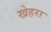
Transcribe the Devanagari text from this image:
खेहरा